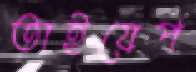
তাইয়েপ